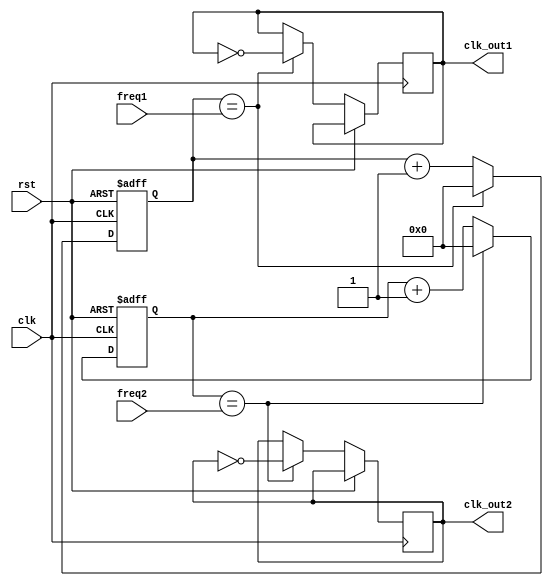
module multirate_timer (
    input wire clk,
    input wire rst,
    input wire [3:0] freq1,
    input wire [3:0] freq2,
    output wire clk_out1,
    output wire clk_out2
);

reg [3:0] count1;
reg [3:0] count2;

always @(posedge clk or posedge rst) begin
    if (rst) begin
        count1 <= 4'b0;
        count2 <= 4'b0;
    end else begin
        if (count1 == freq1) begin
            count1 <= 4'b0;
            clk_out1 <= ~clk_out1;
        end else begin
            count1 <= count1 + 4'b1;
        end

        if (count2 == freq2) begin
            count2 <= 4'b0;
            clk_out2 <= ~clk_out2;
        end else begin
            count2 <= count2 + 4'b1;
        end
    end
end

endmodule